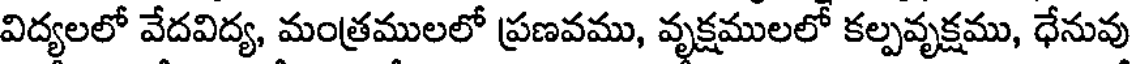
విద్యలలో వేదవిద్య, మంత్రములలో ప్రణవము, వృక్షములలో కల్పవృక్షము, ధేనువు